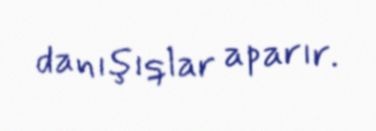
danışıqlar aparır.